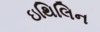
ઇથિલિન